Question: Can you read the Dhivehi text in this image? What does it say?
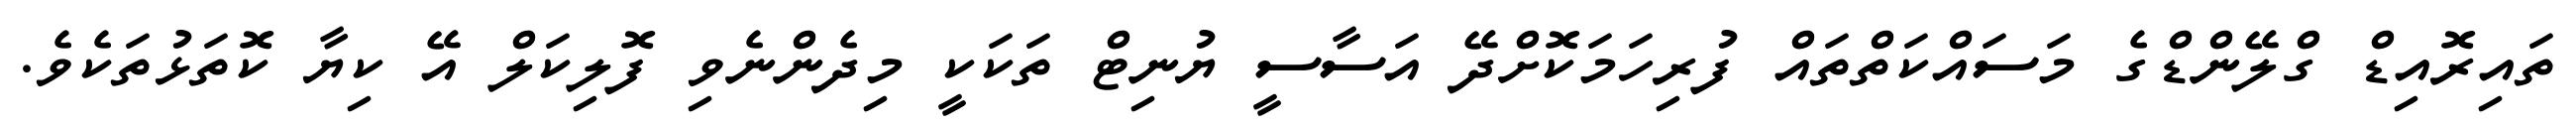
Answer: ތައިރޮއިޑް ގްލޭންޑްގެ މަސައްކަތްތައް ފުރިހަމަކޮށްދޭ އަސާސީ ޔުނިޓް ތަކަކީ މިދެންނެވި ފޮލިކަލް އޭ ކިޔާ ކޮތަޅުތަކެވެ.